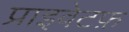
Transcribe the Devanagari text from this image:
प्राइवेटफ़